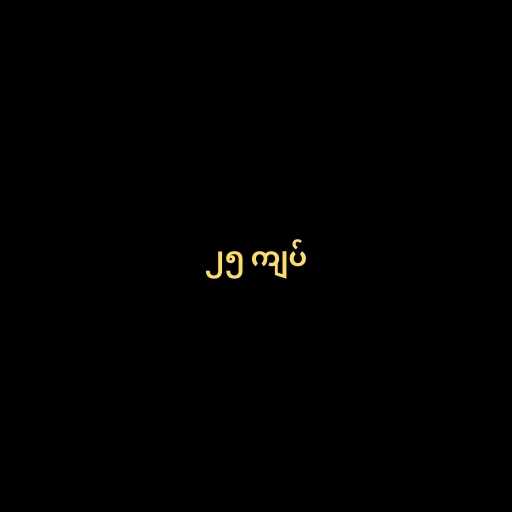
၂၅ ကျပ်